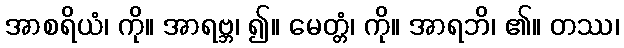
အာစရိယံ၊ ကို။ အာရဗ္ဘ၊ ၍။ မေတ္တံ၊ ကို။ အာရဘိ၊ ၏။ တဿ၊